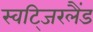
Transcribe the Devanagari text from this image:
स्वटि्जरलैंड